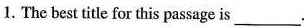
1. The best title for this passage is___.